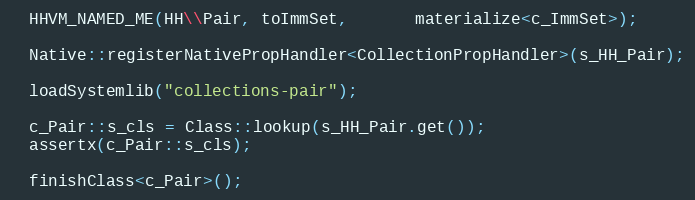
Language: C++
  HHVM_NAMED_ME(HH\\Pair, toImmSet,       materialize<c_ImmSet>);

  Native::registerNativePropHandler<CollectionPropHandler>(s_HH_Pair);

  loadSystemlib("collections-pair");

  c_Pair::s_cls = Class::lookup(s_HH_Pair.get());
  assertx(c_Pair::s_cls);

  finishClass<c_Pair>();